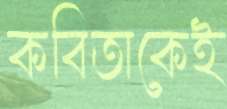
কবিতাকেই